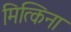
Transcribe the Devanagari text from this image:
मित्किना